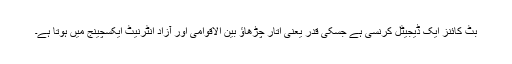
بٹ کائنز ایک ڈیجیٹل کرنسی ہے جسکی قدر یعنی اتار چڑھاؤ بین الاقوامی اور آزاد انٹرنیٹ ایکسچینج میں ہوتا ہے۔